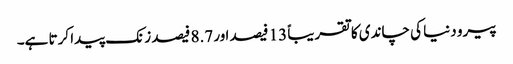
پیرو دنیا کی چاندی کا تقریباً 13 فیصد ا ور 8.7 فیصد زنک پیدا کرتا ہے۔